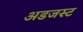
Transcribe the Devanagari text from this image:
अडजस्ट